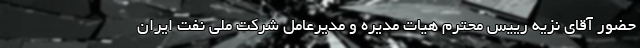
حضور آقای نزیه رییس محترم هیات مدیره و مدیرعامل شرکت ملی نفت ایران